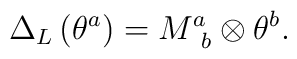
\Delta _{L}\left( \theta ^{a}\right) =M_{\,\,\,b}^{a}\otimes \theta ^{b} .